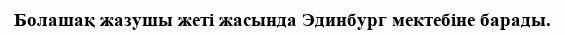
Болашақ жазушы жеті жасында Эдинбург мектебіне барады.